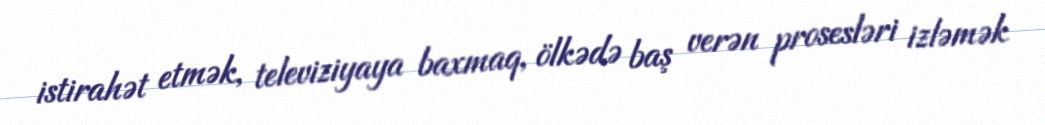
istirahət etmək, televiziyaya baxmaq, ölkədə baş verən prosesləri izləmək